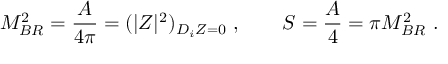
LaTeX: M _ { B R } ^ { 2 } = { \frac { A } { 4 \pi } } = ( | Z | ^ { 2 } ) _ { D _ { i } Z = 0 } \ , \qquad S = { \frac { A } { 4 } } = \pi M _ { B R } ^ { 2 } \ .